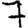
Digit: 7